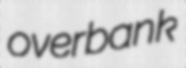
overbank